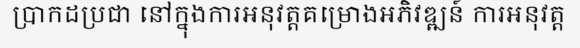
ប្រាកដប្រជា នៅក្នុងការអនុវត្តគម្រោងអភិវឌ្ឍន៍ ការអនុវត្ត